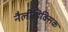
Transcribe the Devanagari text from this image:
नैलीडिक्सिक